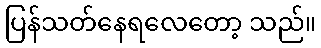
ပြန်သတ်နေရလေတော့ သည်။